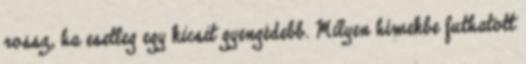
rossz, ha esetleg egy kicsit gyengédebb. Milyen hímekbe futhatott